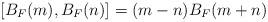
LaTeX: \begin{align*}[B_F(m),B_F(n)] = (m-n)B_F(m+n)\end{align*}